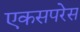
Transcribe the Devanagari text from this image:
एकसपरेस